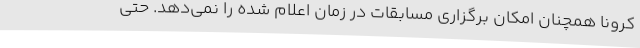
کرونا همچنان امکان برگزاری مسابقات در زمان اعلام شده را نمی‌دهد. حتی